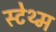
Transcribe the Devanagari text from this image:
स्टेथ्म